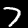
Digit: 7